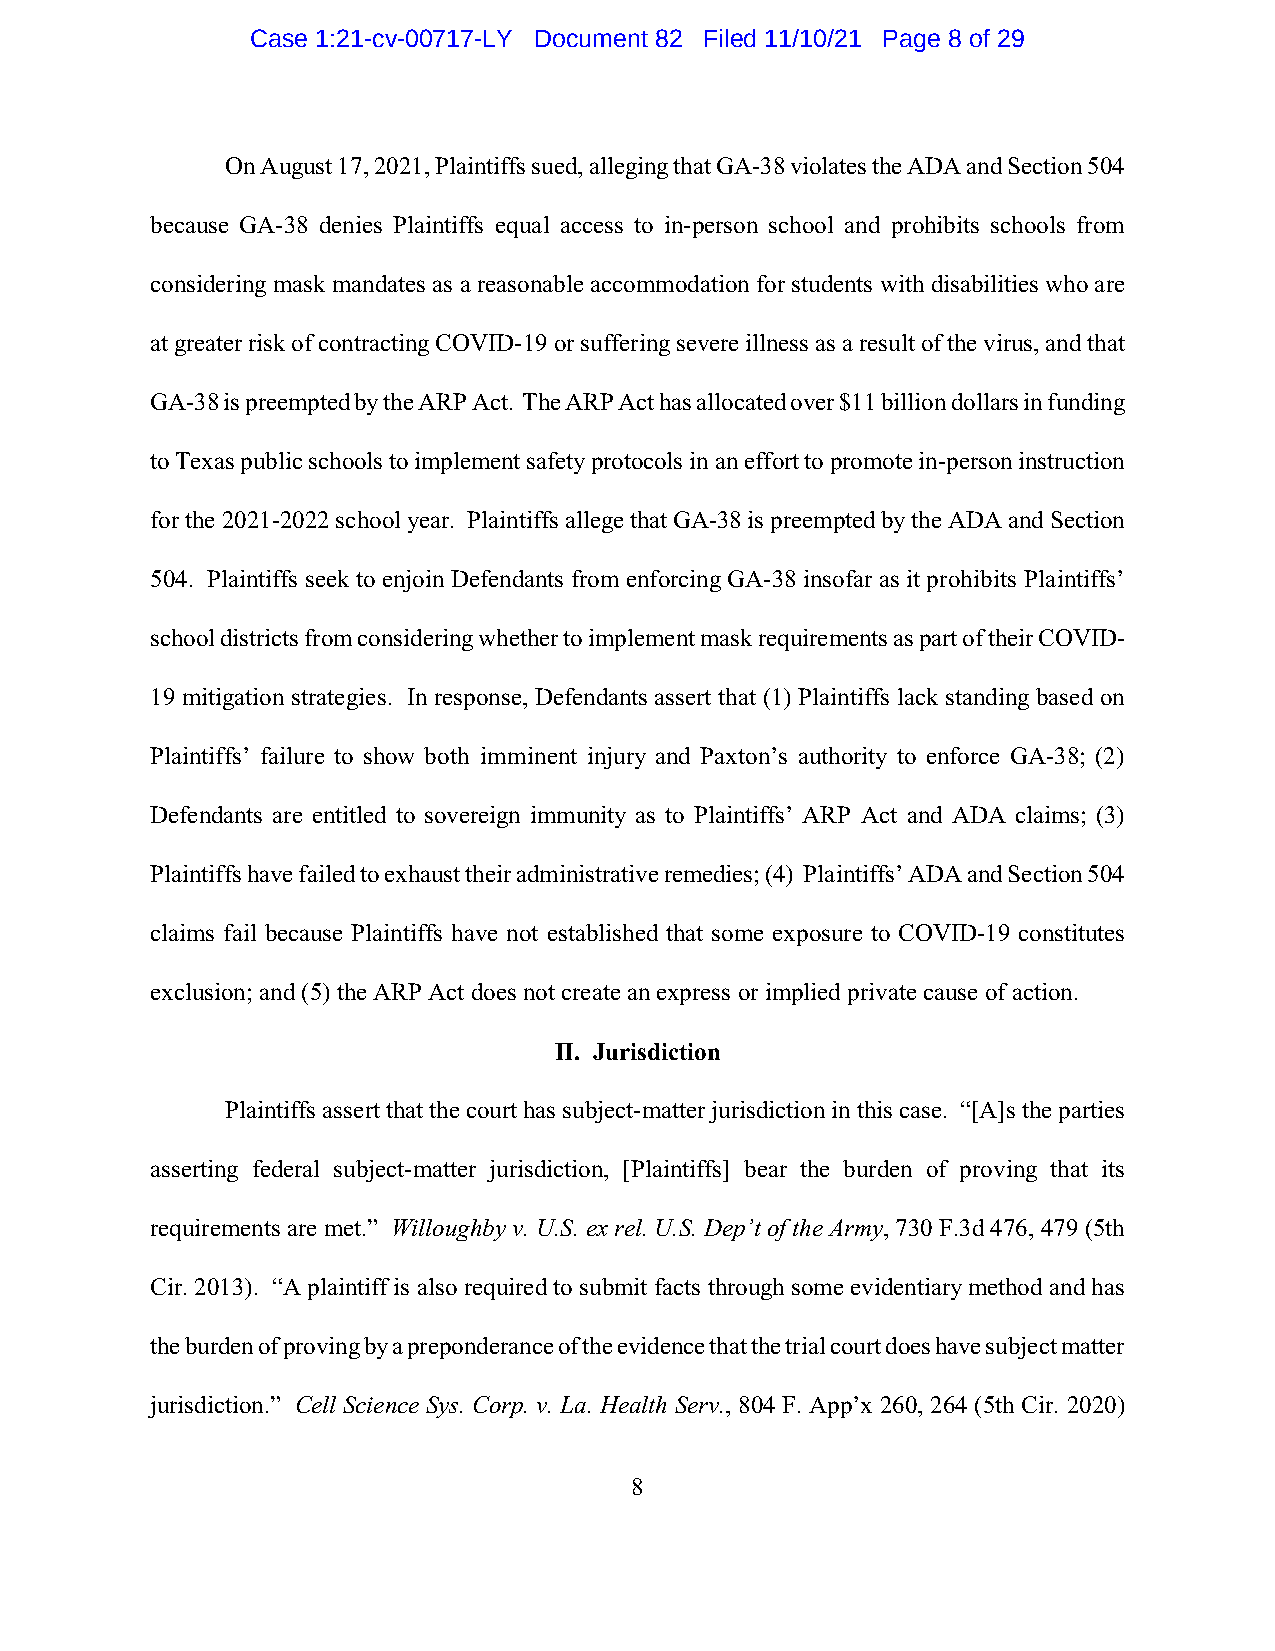
Case 1:21-cv-00717-LY Document 82 Filed 11/10/21 Page 8 of 29
 On August 17, 2021, Plaintiffs sued, alleging that GA-38 violates the ADA and Section 504
 because GA-38 denies Plaintiffs equal access to in-person school and prohibits schools from
 considering mask mandates as a reasonable accommodation for students with disabilities who are
 at greater risk of contracting COVID-19 or suffering severe illness as a result of the virus, and that
 GA-38 is preempted by the ARP Act. The ARP Act has allocated over $11 billion dollars in funding
 to Texas public schools to implement safety protocols in an effort to promote in-person instruction
 for the 2021-2022 school year. Plaintiffs allege that GA-38 is preempted by the ADA and Section
 504. Plaintiffs seek to enjoin Defendants from enforcing GA-38 insofar as it prohibits Plaintiffs’
 school districts from considering whether to implement mask requirements as part of their COVID-
 19 mitigation strategies. In response, Defendants assert that (1) Plaintiffs lack standing based on
 Plaintiffs’ failure to show both imminent injury and Paxton’s authority to enforce GA-38; (2)
 Defendants are entitled to sovereign immunity as to Plaintiffs’ ARP Act and ADA claims; (3)
 Plaintiffs have failed to exhaust their administrative remedies; (4) Plaintiffs’ ADA and Section 504
 claims fail because Plaintiffs have not established that some exposure to COVID-19 constitutes
 exclusion; and (5) the ARP Act does not create an express or implied private cause of action.
 II. Jurisdiction
 Plaintiffs assert that the court has subject-matter jurisdiction in this case. “[A]s the parties
 asserting federal subject-matter jurisdiction, [Plaintiffs] bear the burden of proving that its
 requirements are met.” Willoughby v. U.S. ex rel. U.S. Dep’t of the Army, 730 F.3d 476, 479 (5th
 Cir. 2013). “A plaintiff is also required to submit facts through some evidentiary method and has
 the burden of proving by a preponderance of the evidence that the trial court does have subject matter
 jurisdiction.” Cell Science Sys. Corp. v. La. Health Serv., 804 F. App’x 260, 264 (5th Cir. 2020)
 8